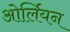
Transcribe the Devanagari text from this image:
ओर्लियन